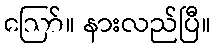
ဪ။ နားလည်ပြီ။